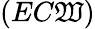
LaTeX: (EC\mathfrak{W})